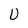
Character: U